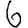
Digit: 6